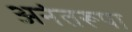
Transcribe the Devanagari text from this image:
अनंतरूपा